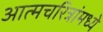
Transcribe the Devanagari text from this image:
आत्मचरित्रांमध्ये